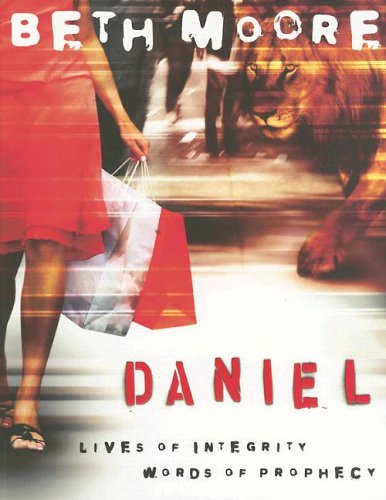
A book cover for Daniel: Lives of Integrity, Words of Prophecy; Beth Moore; Christian Books & Bibles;